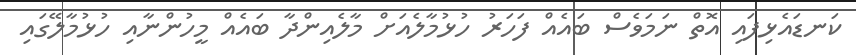
ކަނޑައެޅިފައި އޮތް ނަމަވެސް ބައެއް ފަހަރު ހުޅުމާލެއަށް މާލެއިންދާ ބައެއް މީހުންނާއި ހުޅުމާލޭގައި